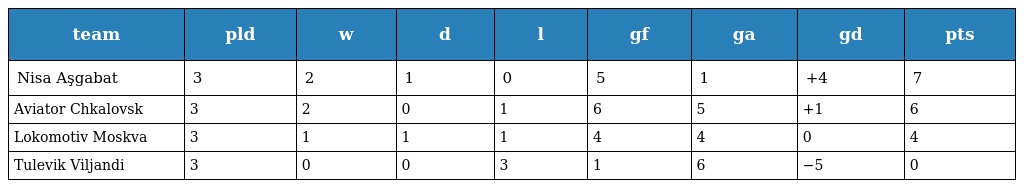
| team | pld | w | d | l | gf | ga | gd | pts |
 | --- | --- | --- | --- | --- | --- | --- | --- | --- |
 | Nisa Aşgabat | 3 | 2 | 1 | 0 | 5 | 1 | +4 | 7 |
 | Aviator Chkalovsk | 3 | 2 | 0 | 1 | 6 | 5 | +1 | 6 |
 | Lokomotiv Moskva | 3 | 1 | 1 | 1 | 4 | 4 | 0 | 4 |
 | Tulevik Viljandi | 3 | 0 | 0 | 3 | 1 | 6 | −5 | 0 |